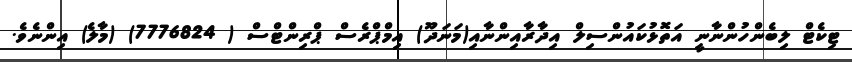
ޓިކެޓް ލިބެންހުންނާނީ އަތޮޅުކައުންސިލް އިދާރާއިންނާއި(މަނަދޫ) އިމްޕްރެސް ޕްރިންޓްސް ( 7776824) (މާލެ) އިންނެވެ.